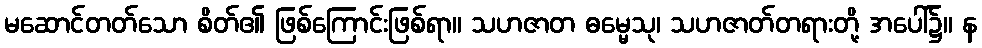
မဆောင်တတ်သော စိတ်၏ ဖြစ်ကြောင်းဖြစ်ရာ။ သဟဇာတ ဓမ္မေသု၊ သဟဇာတ်တရားတို့ အပေါ်၌။ န